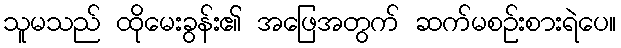
သူမသည် ထိုမေးခွန်း၏ အဖြေအတွက် ဆက်မစဉ်းစားရဲပေ။